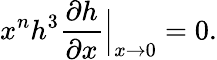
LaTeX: x^{n}h^{3}\frac{\partial h}{\partial x}\Big|_{x\rightarrow 0}=0.